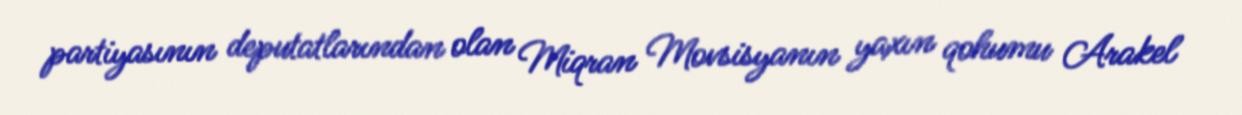
partiyasının deputatlarından olan Miqran Movsisyanın yaxın qohumu Arakel